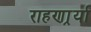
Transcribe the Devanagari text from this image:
राहणार्र्या